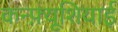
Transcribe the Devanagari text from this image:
कन्फ़्यूशियाई